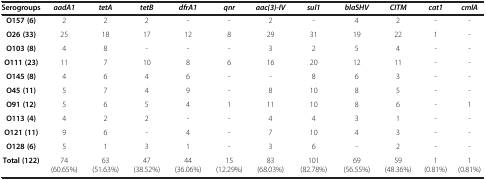
<table><thead><tr><td><b>Serogroups</b></td><td><b><i>aadA1</i></b></td><td><b><i>tetA</i></b></td><td><b><i>tetB</i></b></td><td><b><i>dfrA1</i></b></td><td><b><i>qnr</i></b></td><td><b><i>aac </i><i>(3)- </i><i>IV</i></b></td><td><b><i>sul1</i></b></td><td><b><i>blaSHV</i></b></td><td><b><i>CITM</i></b></td><td><b><i>cat1</i></b></td><td><b><i>cmlA</i></b></td></tr></thead><tbody><tr><td><b>O157 </b><b>(6)</b></td><td>2</td><td>2</td><td>2</td><td>-</td><td>-</td><td>2</td><td>-</td><td>4</td><td>2</td><td>-</td><td>-</td></tr><tr><td><b>O26 </b><b>(33)</b></td><td>25</td><td>18</td><td>17</td><td>12</td><td>8</td><td>29</td><td>31</td><td>19</td><td>22</td><td>1</td><td>-</td></tr><tr><td><b>O103 </b><b>(8)</b></td><td>4</td><td>8</td><td>-</td><td>-</td><td>-</td><td>3</td><td>2</td><td>5</td><td>4</td><td>-</td><td>-</td></tr><tr><td><b>O111 </b><b>(23)</b></td><td>11</td><td>7</td><td>10</td><td>8</td><td>6</td><td>16</td><td>20</td><td>12</td><td>11</td><td>-</td><td>-</td></tr><tr><td><b>O145 </b><b>(8)</b></td><td>4</td><td>6</td><td>4</td><td>6</td><td>-</td><td>-</td><td>8</td><td>6</td><td>3</td><td>-</td><td>-</td></tr><tr><td><b>O45 </b><b>(11)</b></td><td>5</td><td>7</td><td>4</td><td>9</td><td>-</td><td>8</td><td>10</td><td>8</td><td>5</td><td>-</td><td>-</td></tr><tr><td><b>O91 </b><b>(12)</b></td><td>5</td><td>6</td><td>5</td><td>4</td><td>1</td><td>11</td><td>10</td><td>8</td><td>6</td><td>-</td><td>1</td></tr><tr><td><b>O113 </b><b>(4)</b></td><td>4</td><td>2</td><td>2</td><td>-</td><td>-</td><td>4</td><td>4</td><td>3</td><td>1</td><td>-</td><td>-</td></tr><tr><td><b>O121 </b><b>(11)</b></td><td>9</td><td>6</td><td>-</td><td>4</td><td>-</td><td>7</td><td>10</td><td>4</td><td>3</td><td>-</td><td>-</td></tr><tr><td><b>O128 </b><b>(6)</b></td><td>5</td><td>1</td><td>3</td><td>1</td><td>-</td><td>3</td><td>6</td><td>-</td><td>2</td><td>-</td><td>-</td></tr><tr><td><b>Total </b><b>(122)</b></td><td>74 (60.65%)</td><td>63 (51.63%)</td><td>47 (38.52%)</td><td>44 (36.06%)</td><td>15 (12.29%)</td><td>83 (68.03%)</td><td>101 (82.78%)</td><td>69 (56.55%)</td><td>59 (48.36%)</td><td>1 (0.81%)</td><td>1 (0.81%)</td></tr></tbody></table>